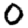
Digit: 0